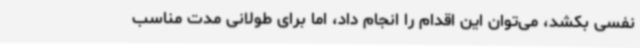
نفسی بکشد، می‌توان این اقدام را انجام داد، اما برای طولانی مدت مناسب